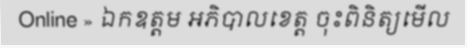
Online » ឯកឧត្តម អភិបាលខេត្ត ចុះពិនិត្យមើល